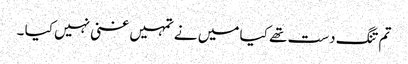
تم تنگ دست تھے کیا میں نے تمہیں غنی نہیں کیا ۔